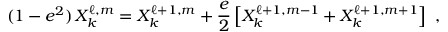
( 1 - e ^ { 2 } ) \, X _ { k } ^ { \ell , m } = X _ { k } ^ { \ell + 1 , m } + \frac { e } { 2 } \left[ X _ { k } ^ { \ell + 1 , m - 1 } + X _ { k } ^ { \ell + 1 , m + 1 } \right] \ ,